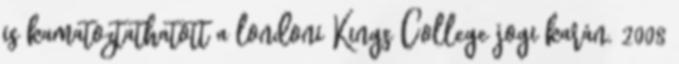
is kamatoztathatott a londoni Kings College jogi karán. 2008